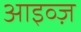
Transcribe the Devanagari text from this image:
आइव्ज़